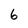
Character: 6